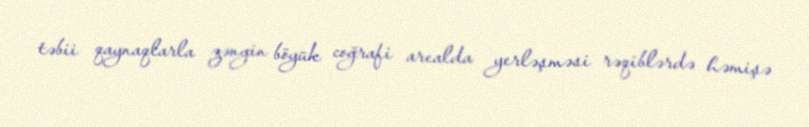
təbii qaynaqlarla zəngin böyük coğrafi arealda yerləşməsi rəqiblərdə həmişə